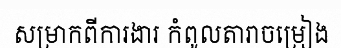
សម្រាកពីការងារ កំពូលតារាចម្រៀង